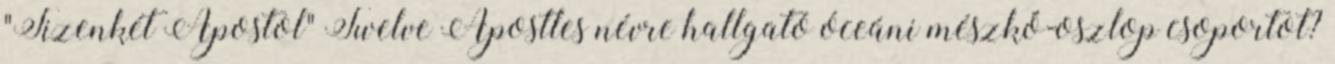
"Tizenkét Apostol" Twelve Apostles névre hallgató óceáni mészkő-oszlop csoportot?